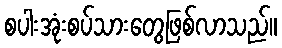
စပါးအုံးစပ်သားတွေဖြစ်လာသည်။